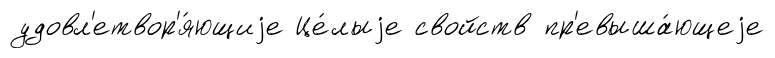
удовл'етвор'я́ющиjе Це́лыjе свойств пр'евыша́ющеjе